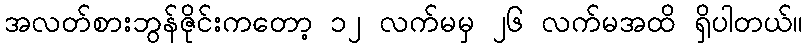
အလတ်စားဘွန်ဇိုင်းကတော့ ၁၂ လက်မမှ ၂၆ လက်မအထိ ရှိပါတယ်။